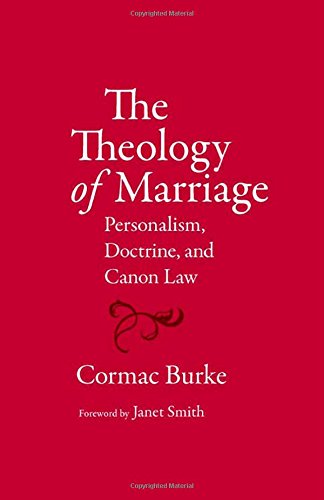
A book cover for The Theology of Marriage: Personalism, Doctrine and Canon Law; Cormac Burke; Christian Books & Bibles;